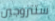
ستتزوجين